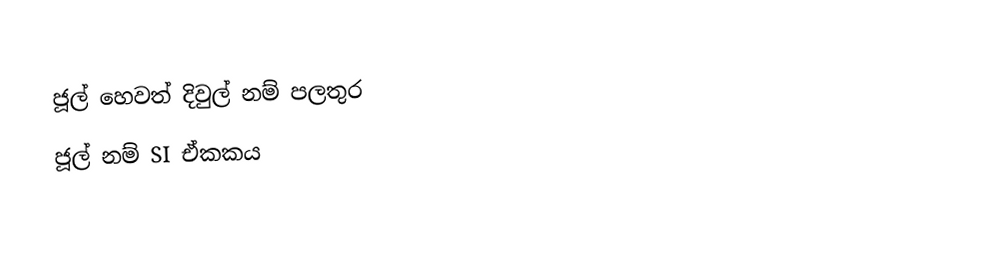
ජූල් හෙවත් දිවුල් නම් පලතුර
 ජූල් නම් SI ඒකකය